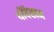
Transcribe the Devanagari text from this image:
थींबेखम